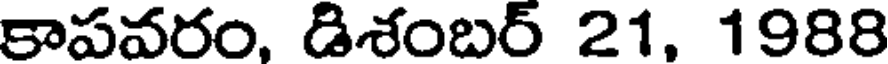
కాపవరం, డిశంబర్ 21, 1988